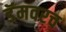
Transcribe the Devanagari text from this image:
डॅमवरच